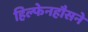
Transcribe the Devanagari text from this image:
हिल्फेनहौसने